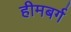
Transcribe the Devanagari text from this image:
हीमबर्ग